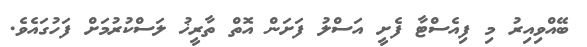
ބޭއްވިއިރު މި ފިއެސްޓާ ފެށީ އަސްލު ފަށަން އޮތް ތާރީޚު ލަސްކުރުމަށް ފަހުގައެވެ.